Source: Handwritten
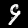
Digit: ၄ (4)